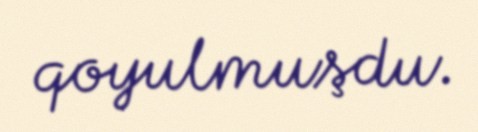
qoyulmuşdu.